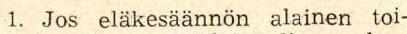
 1. Jos eläkesäännön alainen toi-